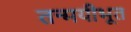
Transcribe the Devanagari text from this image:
तन्मयीभूत